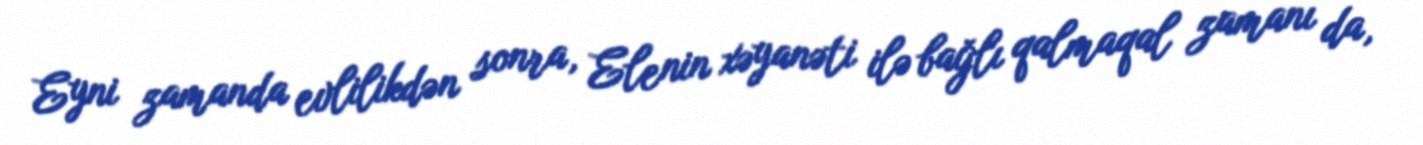
Eyni zamanda evlilikdən sonra, Elenin xəyanəti ilə bağlı qalmaqal zamanı da,